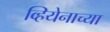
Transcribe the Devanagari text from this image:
व्हियेनाच्या